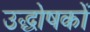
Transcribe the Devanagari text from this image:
उद्धोषकों